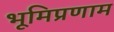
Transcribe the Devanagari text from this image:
भूमिप्रणाम